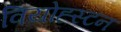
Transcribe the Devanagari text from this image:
वियोह्स्टन